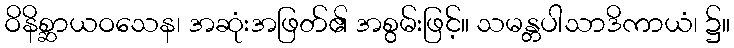
ဝိနိစ္ဆာယဝသေန၊ အဆုံးအဖြတ်၏ အစွမ်းဖြင့်။ သမန္တပါသာဒိကာယံ၊ ၌။